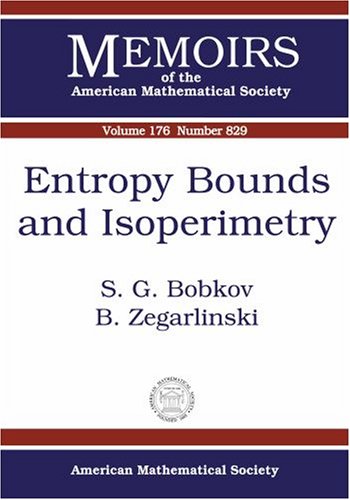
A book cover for Entropy Bounds and Isoperimetry (Memoirs of the American Mathematical Society); Serguei G. Bobkov; Science & Math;